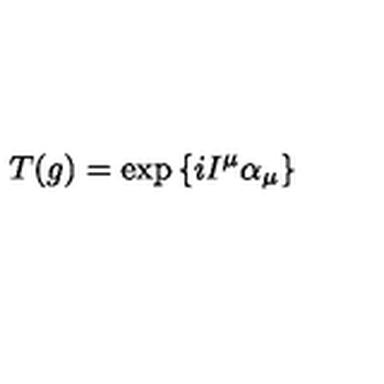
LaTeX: T ( g ) = \exp { \{ i I ^ { \mu } \alpha _ { \mu } \} }